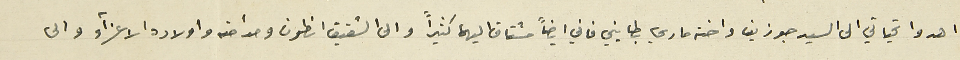
اهدوا تحياتي الى السيد جوزيف واختة ماري بطايني فاني ايضاً مشتاق اليها كثيراً والى الشقيق انطون ومدامته واولاده الاعزاء والى